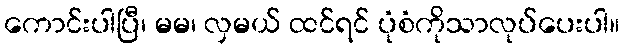
ကောင်းပါပြီ၊ မမ၊ လှမယ် ထင်ရင် ပုံစံကိုသာလုပ်ပေးပါ။